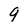
Character: 9